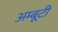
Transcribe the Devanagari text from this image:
अम्बूटी